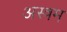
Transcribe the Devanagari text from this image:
अस्त्रम